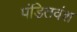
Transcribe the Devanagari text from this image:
पंडितवंश